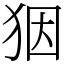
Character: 𤝱